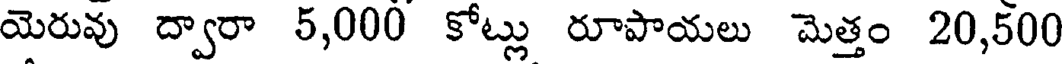
యెరువు ద్వారా 5,000 కోట్లు రూపాయలు మెత్తం 20,500